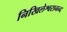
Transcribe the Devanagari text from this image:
निखिलेश्वरानन्द